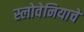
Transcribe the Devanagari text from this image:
स्लोवेनियाचे